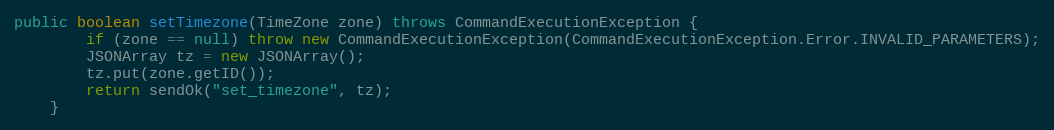
Language: Java
public boolean setTimezone(TimeZone zone) throws CommandExecutionException {
        if (zone == null) throw new CommandExecutionException(CommandExecutionException.Error.INVALID_PARAMETERS);
        JSONArray tz = new JSONArray();
        tz.put(zone.getID());
        return sendOk("set_timezone", tz);
    }